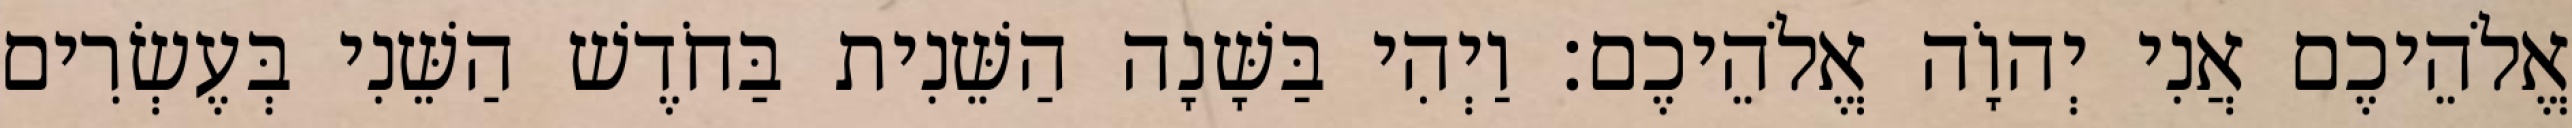
אֱלֹהֵיכֶם אֲנִי יְהוָֹה אֱלֹהֵיכֶם׃ וַיְהִי בַּשָּׁנָה הַשֵּׁנִית בַּחֹדֶשׁ הַשֵּׁנִי בְּעֶשְׂרִים